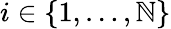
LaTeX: i\in\{ 1,\ldots,\mathbb{N}\}